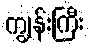
ကျွန်းကြီး